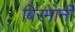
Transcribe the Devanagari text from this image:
बिरमानी